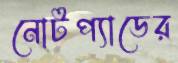
নোটপ্যাডের